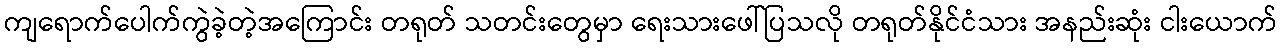
ကျရောက်ပေါက်ကွဲခဲ့တဲ့အကြောင်း တရုတ် သတင်းတွေမှာ ရေးသားဖေါ်ပြသလို တရုတ်နိုင်ငံသား အနည်းဆုံး ငါးယောက်